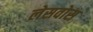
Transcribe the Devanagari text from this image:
लेसवोस